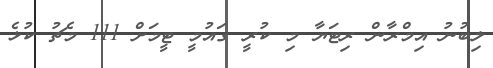
ލިބުނު އިމްރާން ރިޓަޔާ މި ކުރީ ގައުމީ ޓީމަށް 111 މެޗު ކުޅެ